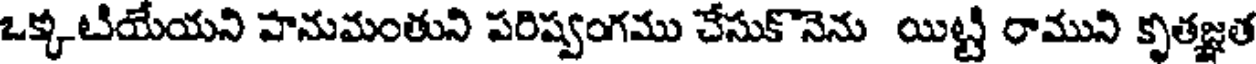
ఒక్కటియేయని హనుమంతుని పరిష్వంగము చేసుకొనెను యిట్టి రాముని కృతజ్ఞత